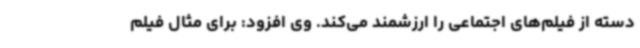
دسته از فیلم‌های اجتماعی را ارزشمند می‌کند. وی افزود: برای مثال فیلم